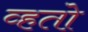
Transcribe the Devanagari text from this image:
व्हतो